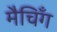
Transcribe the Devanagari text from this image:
मैचिँग